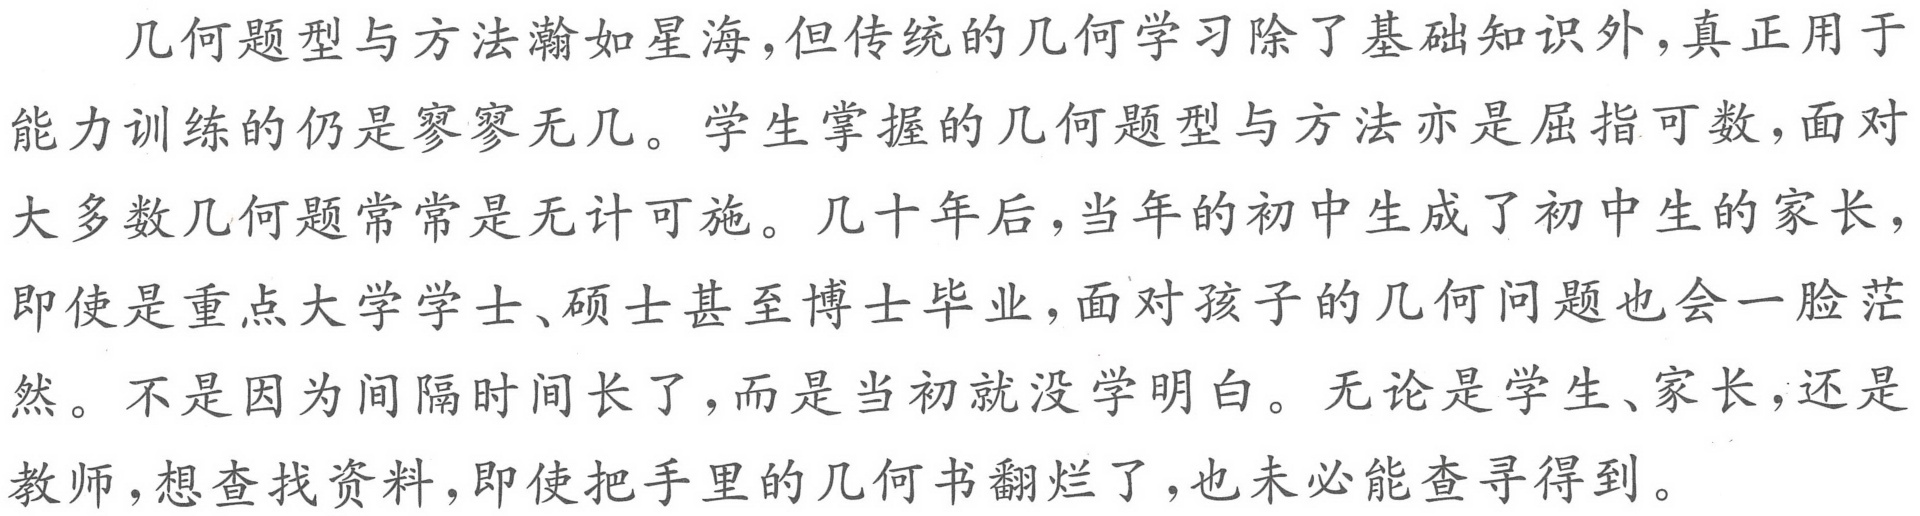
几何题型与方法瀚如星海，但传统的几何学习除了基础知识外，真正用于
能力训练的仍是寥寥无几。学生掌握的几何题型与方法亦是屈指可数，面对
大多数几何题常常是无计可施。几十年后，当年的初中生成了初中生的家长，
即使是重点大学学士、硕士甚至博士毕业，面对孩子的几何问题也会一脸茫
然。不是因为间隔时间长了，而是当初就没学明白。无论是学生、家长，还是
教师，想查找资料，即使把手里的几何书翻烂了，也未必能查寻得到。